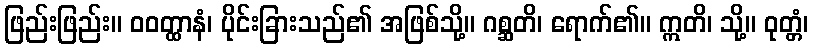
ဖြည်းဖြည်း။ ဝဝတ္ထာနံ၊ ပိုင်းခြားသည်၏ အဖြစ်သို့။ ဂစ္ဆတိ၊ ရောက်၏။ ဣတိ၊ သို့။ ဝုတ္တံ၊